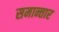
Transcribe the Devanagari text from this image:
समान्तार